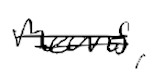
Text: means,
Cross-out: double-line
Writing tool: digital_black